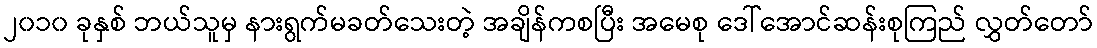
၂၀၁၀ ခုနှစ် ဘယ်သူမှ နားရွက်မခတ်သေးတဲ့ အချိန်ကစပြီး အမေစု ဒေါ်အောင်ဆန်းစုကြည် လွှတ်တော်